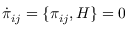
\dot { \pi } _ { i j } = \{ \pi _ { i j } , H \} = 0